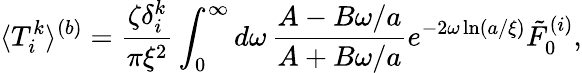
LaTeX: \langle T_{i}^{k}\rangle^{(b)}=\frac{\zeta\delta_{i}^{k}}{\pi\xi^{2}}\int_{0}^{\infty}d\omega\, \frac{A-B\omega/a}{A+B\omega/a}e^{-2\omega\ln(a/\xi)}\tilde{F}_{0}^{(i)},